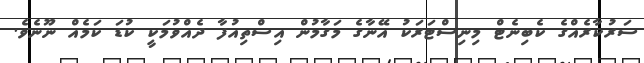
ސަރުކާރެއްގެ ކެބިނެޓް މިނިސްޓަރަކު އޭނާގެ މަގާމުން އިސްތިއުފާ ދެއްވުމަކީ ކުޑަ ކަމެއް ނޫނެވެ.